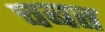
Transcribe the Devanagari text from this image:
चबत